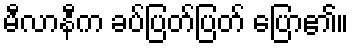
မီလာနီက ခပ်ပြတ်ပြတ် ပြော၏။